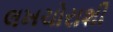
લખચોરાશી